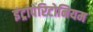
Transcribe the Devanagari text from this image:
इंट्रापेरिटोनियम